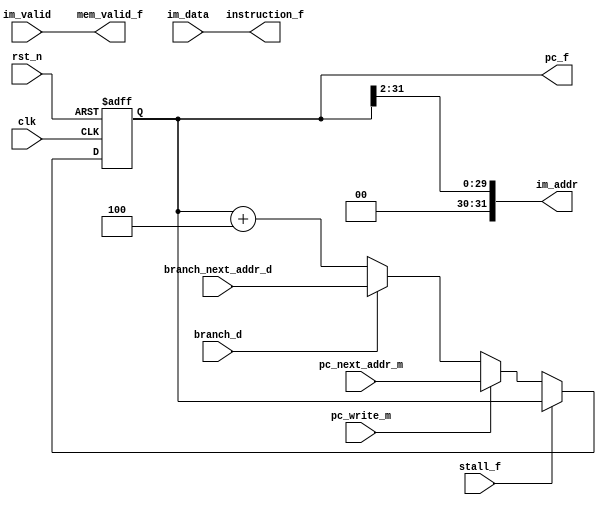
module fetch
#( parameter BOOT_ADDRESS = 32'h00_00_00_00 )
(
 input         rst_n,
 input         clk,
 // memory interface:
 output [31:0] im_addr,
 input         im_valid,
 input [31:0]  im_data,
 // pipeline interface
 input         branch_d,
 input [31:0]  branch_next_addr_d,
 input         pc_write_m,
 input [31:0]  pc_next_addr_m,
 input         stall_f,
 output [31:0] instruction_f,
 output [31:0] pc_f,
 output        mem_valid_f
 );

  /*AUTOREG*/
  // Beginning of automatic regs (for this module's undeclared outputs)
  reg [31:0]            pc_f;
  // End of automatics
  reg [31:0]            pc_next;
  wire [31:0]           im_addr;
  
  assign im_addr = pc_f >> 2;
  assign instruction_f = im_data;
  assign mem_valid_f = im_valid;
    
  always @ (*) begin
    if (stall_f)
      pc_next = pc_f;
    else if (pc_write_m)
      pc_next = pc_next_addr_m;
    else if (branch_d)
      pc_next = branch_next_addr_d;
    else
      pc_next = pc_f + 3'd4;
  end
  
  always @ (posedge clk or negedge rst_n) begin
    if (!rst_n)
      pc_f <= BOOT_ADDRESS;
    else
      pc_f <= pc_next;
  end

endmodule